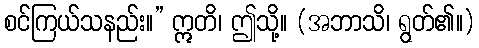
စင်ကြယ်သနည်း။” ဣတိ၊ ဤသို့။ (အဘာသိ၊ ရွတ်၏။)